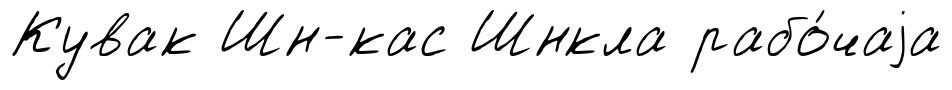
Кувак Шн-кас Шнкла рабо́чаjа